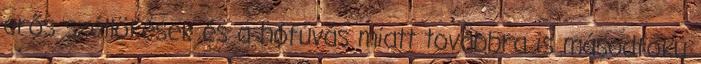
erős széllökések és a hófúvás miatt továbbra is másodfokú